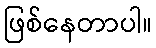
ဖြစ်နေတာပါ။